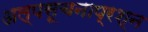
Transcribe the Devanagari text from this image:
अल्पसूचनाप्रश्न